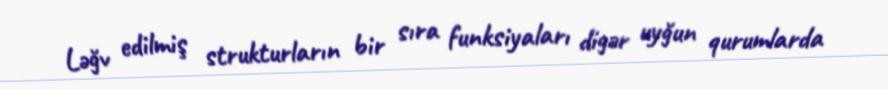
Ləğv edilmiş strukturların bir sıra funksiyaları digər uyğun qurumlarda